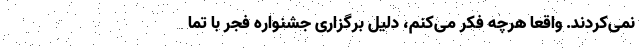
نمی‌کردند. واقعا هرچه فکر می‌کنم، دلیل برگزاری جشنواره فجر با تما